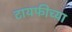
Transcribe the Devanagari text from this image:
टायफीच्या